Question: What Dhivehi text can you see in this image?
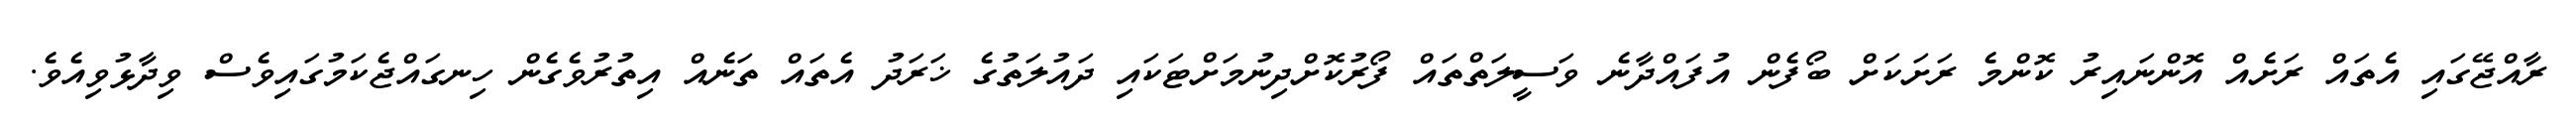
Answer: ރާއްޖޭގައި އެތައް ރަށެއް އޮންނައިރު ކޮންމެ ރަށަކަށް ބޯފެން އުފައްދާނެ ވަސީލަތްތައް ފޯރުކޮށްދިނުމަށްޓަކައި ދައުލަތުގެ ޚަރަދު އެތައް ތަނެއް އިތުރުވެގެން ހިނގައްޖެކަމުގައިވެސް ވިދާޅުވިއެވެ.